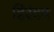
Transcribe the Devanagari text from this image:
हिरंदम